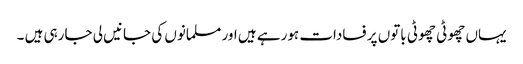
یہاں چھوٹی چھوٹی باتوں پر فسادات ہورہے ہیں اور مسلمانوں کی جانیں لی جارہی ہیں ۔